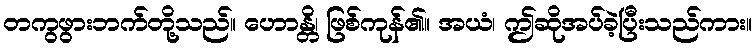
တကွဖွားဘက်တို့သည်။ ဟောန္တိ၊ ဖြစ်ကုန်၏။ အယံ၊ ဤဆိုအပ်ခဲ့ပြီးသည်ကား။